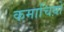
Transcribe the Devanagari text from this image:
कमाचिय़ों